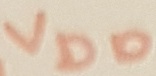
Text: VDD